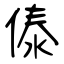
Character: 傣